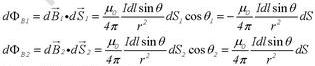
$d\varPhi _{B}=\vec {dB}\cdot \vec {dS}=\frac {\mu _{0}}{4\pi }\frac {Idl\sin  \theta }{r^{2}}dS,\cos  0=\frac {\mu _{0}}{4\pi }\frac {Idl\sin  \theta }{r^{2}}dS$
$d\varPhi _{B}=\vec {dB}\cdot \vec {dS}=\frac {\mu _{0}}{4\pi }\frac {Idl\sin  \theta }{r^{2}}dS,\cos  0=\frac {\mu _{0}}{4\pi }\frac {Idl\sin  \theta }{r^{2}}dS$